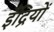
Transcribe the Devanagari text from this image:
इँद्रियों